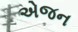
એજન